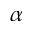
\alpha